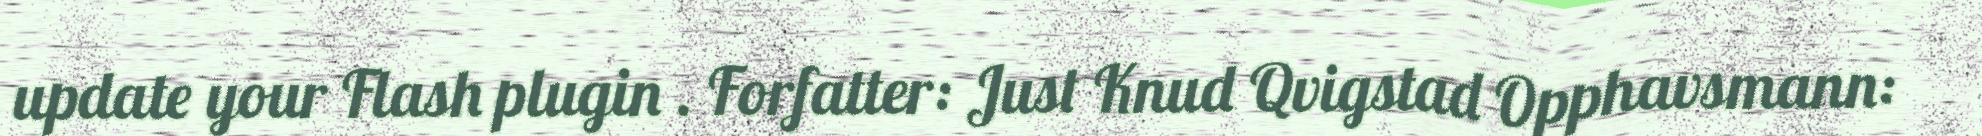
update your Flash plugin . Forfatter: Just Knud Qvigstad Opphavsmann: